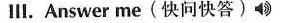
Ⅲ.Answer me(快问快答)